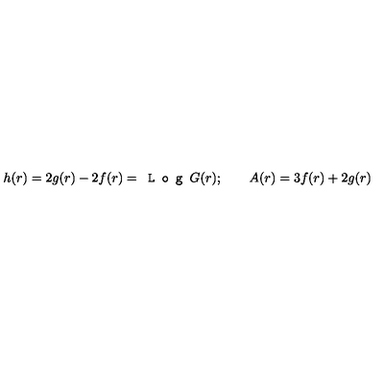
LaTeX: h ( r ) = 2 g ( r ) - 2 f ( r ) = \texttt { L o g } G ( r ) ; \qquad A ( r ) = 3 f ( r ) + 2 g ( r )